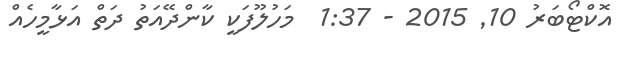
އޮކްޓޯބަރު 10